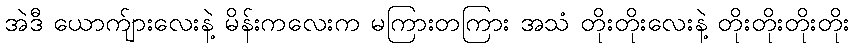
အဲဒီ ယောက်ျားလေးနဲ့ မိန်းကလေးက မကြားတကြား အသံ တိုးတိုးလေးနဲ့ တိုးတိုးတိုးတိုး